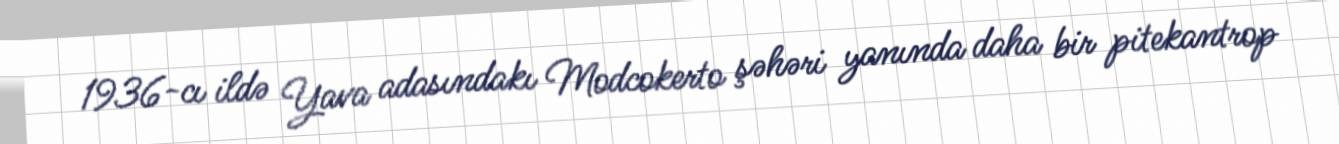
1936-cı ildə Yava adasındakı Modcokerto şəhəri yanında daha bir pitekantrop